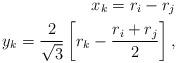
LaTeX: \begin{align*} x_k = r_i - r_j \\y_k = \frac{2}{\sqrt 3} \left[r_k - \frac{r_i +r_j}2 \right] , \end{align*}